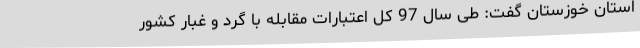
استان خوزستان گفت: طی سال 97 کل اعتبارات مقابله با گرد و غبار کشور